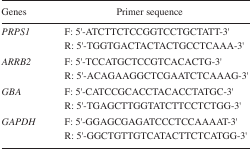
| Genes | Primer sequence |
 | --- | --- |
 | PRPS1 | F: 5′-ATCTTCTCCGGTCCTGCTATT-3′R: 5′-TGGTGACTACTACTGCCTCAAA-3′ |
 | ARRB2 | F: 5′-TCCATGCTCCGTCACACTG-3′R: 5′-ACAGAAGGCTCGAATCTCAAAG-3′ |
 | GBA | F: 5′-CATCCGCACCTACACCTATGC-3′R: 5′-TGAGCTTGGTATCTTCCTCTGG-3′ |
 | GAPDH | F: 5′-GGAGCGAGATCCCTCCAAAAT-3′R: 5′-GGCTGTTGTCATACTTCTCATGG-3′ |